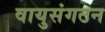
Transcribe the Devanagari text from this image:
वायुसंगठन